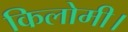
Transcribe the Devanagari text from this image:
किलोमी।